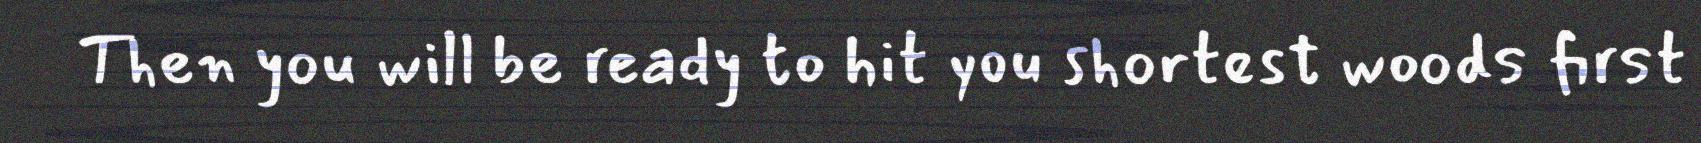
Then you will be ready to hit you shortest woods first